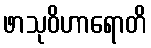
ဖာသုဝိဟာရောတိ